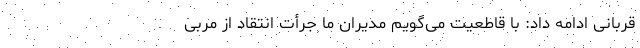
قربانی ادامه داد: با قاطعیت می‌گویم مدیران ما جرأت انتقاد از مربی